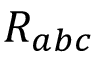
R _ { a b c }